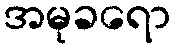
အမုခရော